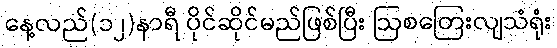
နေ့လည်(၁၂)နာရီ ပိုင်ဆိုင်မည်ဖြစ်ပြီး ဩစတြေးလျသံရုံး